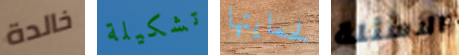
خالدة تشكيلة لحمايتها الاسئلة